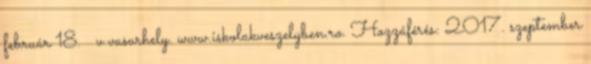
február 18. ↑ v vasarhely. www.iskolakveszelyben.ro. Hozzáférés: 2017. szeptember